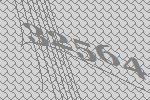
32564